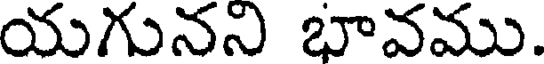
యగునని భావము.